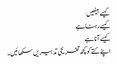
کیسے بیٹھیں
کیسے رہنا ہے
کیسے آنا ہے
اپنے کتے کو کچھ تفریحی تدبیریں سکھائیں۔